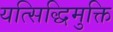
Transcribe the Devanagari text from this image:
यत्सिद्धिमुक्ति